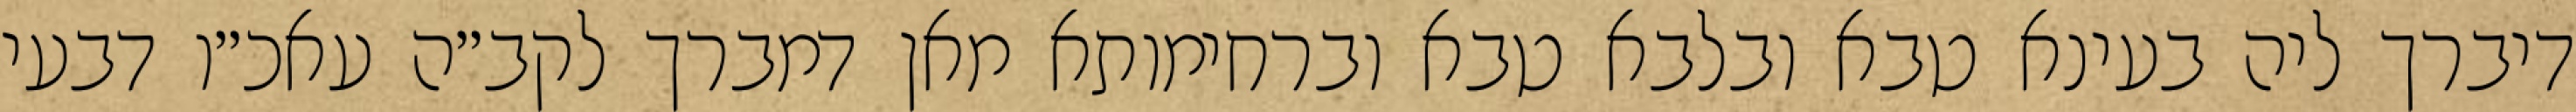
דיברך ליה בעינא טבא ובלבא טבא וברחימותא מאן דמברך לקב״ה עאכ״ו דבעי